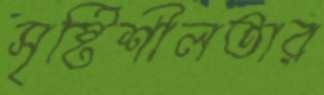
সৃষ্টিশীলতার